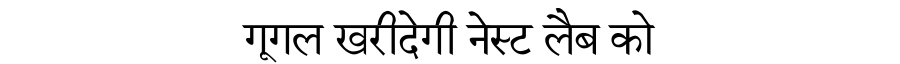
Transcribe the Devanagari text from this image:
गूगल खरीदेगी नेस्ट लैब को